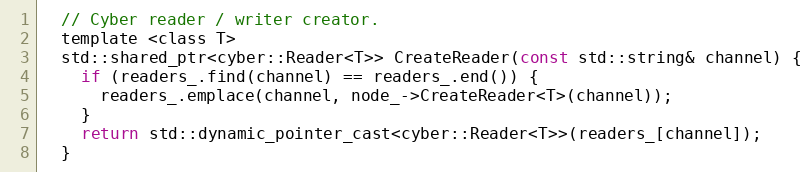
Language: C
  // Cyber reader / writer creator.
  template <class T>
  std::shared_ptr<cyber::Reader<T>> CreateReader(const std::string& channel) {
    if (readers_.find(channel) == readers_.end()) {
      readers_.emplace(channel, node_->CreateReader<T>(channel));
    }
    return std::dynamic_pointer_cast<cyber::Reader<T>>(readers_[channel]);
  }